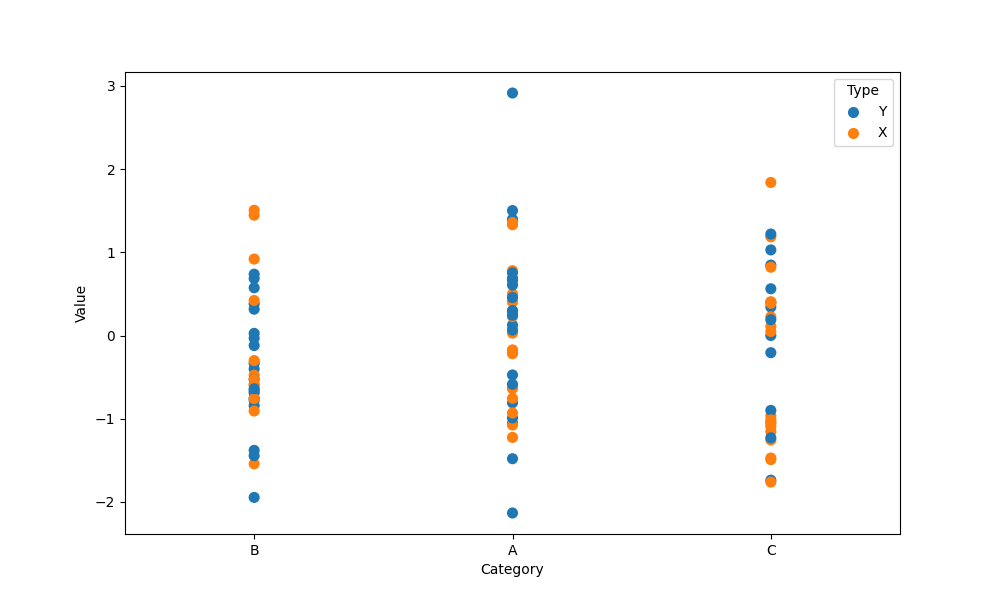
python, seaborn, stripplot, jitter=False, dodge=False, alpha=1.0, size=8